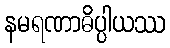
နမရဏာဓိပ္ပါယဿ